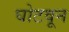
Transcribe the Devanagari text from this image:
घोटवून